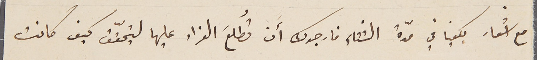
مع أسفار بكفيا في مدّة الشْتاء فارجوك أَن تُطلعَ الفراد عليها ليتحقّق كيف كانت